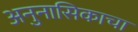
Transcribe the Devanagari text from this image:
अनुनासिकाचा